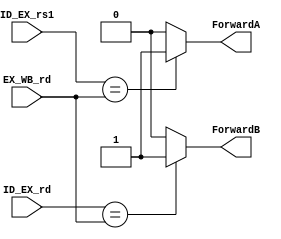
/* Author : Santosh Srivatsan	2017A8PS1924G */
/* SUB-MODULE : Forwarding unit */

module a2_forwarding_unit(
	input [2:0] ID_EX_rs1,
	input [2:0] ID_EX_rd,
	input [2:0] EX_WB_rd,
	output ForwardA,
	output ForwardB
	);

	assign ForwardA = (ID_EX_rs1 == EX_WB_rd) ? 1'b1 : 1'b0;
	assign ForwardB = (ID_EX_rd == EX_WB_rd) ? 1'b1 : 1'b0;
	
endmodule

/*******************************************************************************************************************************************************************/

/* Testbench */

module a2_tb_forwarding_unit;
	reg [2:0] tb_ID_EX_rs1;
	reg [2:0] tb_ID_EX_rd;
	reg [2:0] tb_EX_WB_rd;
	wire tb_ForwardA;
	wire tb_ForwardB;

	/* Instantiating the forwarding unit module */
	a2_forwarding_unit FU(.ID_EX_rs1(tb_ID_EX_rs1), .ID_EX_rd(tb_ID_EX_rd), .EX_WB_rd(tb_EX_WB_rd), .ForwardA(tb_ForwardA), .ForwardB(tb_ForwardB));

	initial #100 $finish;

	initial
	begin	
		tb_ID_EX_rs1 = 3'b000 ; tb_ID_EX_rd = 3'b111 ; tb_EX_WB_rd = 3'b001;
		#10 tb_ID_EX_rs1 = 3'b000 ; tb_ID_EX_rd = 3'b001 ; tb_EX_WB_rd = 3'b000;	
		#10 tb_ID_EX_rs1 = 3'b100 ; tb_ID_EX_rd = 3'b100 ; tb_EX_WB_rd = 3'b100;
	end
endmodule

/*******************************************************************************************************************************************************************/